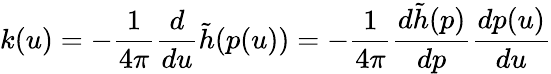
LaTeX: k(u)=-\frac{1}{4\pi}\frac{d}{du}\tilde{h}(p(u))=-\frac{1}{4\pi}\frac{d\tilde{h}(p)}{dp}\frac{dp(u)}{du}